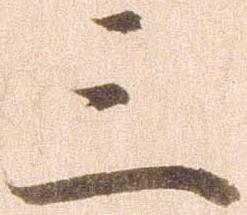
三